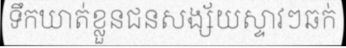
ទឹកឃាត់ខ្លួនជនសង្ស័យស្ទាវៗឆក់